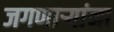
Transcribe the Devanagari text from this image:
जगणाऱ्यांना